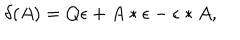
\delta ( A ) = Q \epsilon + A * \epsilon - \epsilon * A ,